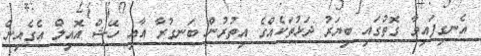
އެނގިފައިވާ ގޮތުގައި ބިޔަރު ދަޅުތަކެއްގެ އިތުރުން ބަނގުރާ އާއި ހޭޝް އޮއިލް އެގެއިން